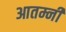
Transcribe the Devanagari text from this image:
आतम्नी